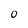
Character: 0